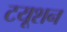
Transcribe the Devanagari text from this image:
टयूशन